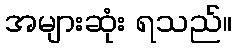
အများဆုံး ရသည်။